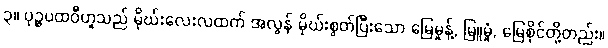
၃။ ပုဉ္ဇပထဝီဟူသည် မိုဃ်းလေးလထက် အလွန် မိုဃ်းစွတ်ပြီးသော မြေမှုန့်, မြူမှုံ, မြေစိုင်တို့တည်း။